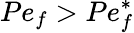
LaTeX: Pe_{f}>Pe_{f}^{\ast}